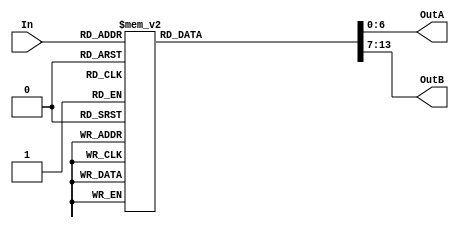
/* Decodificador  binrio para display 7 segmentos */

module decoderoutputA (In, OutA, OutB);
	input [7:0] In;
	output reg[6:0] OutA;
	output reg[6:0] OutB;


	always @(*)	
		case (In)
		   /*0 a 9 */
			8'b00000000 : begin
				OutA = ~7'b0111111;
				OutB = ~7'b0111111;
			end	
			8'b00000001 : begin
				OutA = ~7'b0000110;
				OutB = ~7'b0111111;
			end
			8'b00000010 : begin
				OutA = ~7'b1011011;
				OutB = ~7'b0111111;
			end
			8'b00000011 : begin
				OutA = ~7'b1001111;
				OutB = ~7'b0111111;
			end
			
			8'b00000100 : begin
				OutA = ~7'b1100110;
				OutB = ~7'b0111111;
			end	
			8'b00000101 : begin
				OutA = ~7'b1101101;
				OutB = ~7'b0111111;
			end
			8'b00000110 : begin
				OutA = ~7'b1111101;
				OutB = ~7'b0111111;
			end
			8'b00000111 : begin
				OutA = ~7'b0000111;
				OutB = ~7'b0111111;
			end
			
			8'b00001000 : begin
				OutA = ~7'b1111111;
				OutB = ~7'b0111111;
			end
			8'b00001001 : begin
				OutA = ~7'b1101111;
				OutB = ~7'b0111111;
			end
			
			/*10 a 19*/
			8'b00001010 : begin
				OutA = ~7'b0111111;
				OutB = ~7'b0000110;
			end	
			8'b00001011 : begin
				OutA = ~7'b0000110;
				OutB = ~7'b0000110;
			end
			8'b00001100 : begin
				OutA = ~7'b1011011;
				OutB = ~7'b0000110;
			end
			8'b00001101 : begin
				OutA = ~7'b1001111;
				OutB = ~7'b0000110;
			end
			
			8'b00001110 : begin
				OutA = ~7'b1100110;
				OutB = ~7'b0000110;
			end	
			8'b00001111 : begin
				OutA = ~7'b1101101;
				OutB = ~7'b0000110;
			end
			8'b00010000 : begin
				OutA = ~7'b1111101;
				OutB = ~7'b0000110;
			end
			8'b00010001 : begin
				OutA = ~7'b0000111;
				OutB = ~7'b0000110;
			end
			
			8'b00010010 : begin
				OutA = ~7'b1111111;
				OutB = ~7'b0000110;
			end
			8'b00010011 : begin
				OutA = ~7'b1101111;
				OutB = ~7'b0000110;
			end
			
			/*20 a 29*/
			8'b00010100 : begin
				OutA = ~7'b0111111;
				OutB = ~7'b1011011;
			end	
			8'b00010101 : begin
				OutA = ~7'b0000110;
				OutB = ~7'b1011011;
			end
			8'b00010110 : begin
				OutA = ~7'b1011011;
				OutB = ~7'b0000110;
			end
			8'b00010111 : begin
				OutA = ~7'b1001111;
				OutB = ~7'b1011011;
			end
			
			8'b00011000 : begin
				OutA = ~7'b1100110;
				OutB = ~7'b1011011;
			end	
			8'b00011001 : begin
				OutA = ~7'b1101101;
				OutB = ~7'b1011011;
			end
			8'b00011010 : begin
				OutA = ~7'b1111101;
				OutB = ~7'b1011011;
			end
			8'b00011011 : begin
				OutA = ~7'b0000111;
				OutB = ~7'b1011011;
			end
			
			8'b00011100 : begin
				OutA = ~7'b1111111;
				OutB = ~7'b1011011;
			end
			8'b00011101 : begin
				OutA = ~7'b1101111;
				OutB = ~7'b1011011;
			end
	
			/*30 a 39*/
			8'b00011110 : begin
				OutA = ~7'b0111111;
				OutB = ~7'b1001111;
			end	
			8'b00011111 : begin
				OutA = ~7'b0000110;
				OutB = ~7'b1001111;
			end
			8'b00100000 : begin
				OutA = ~7'b1011011;
				OutB = ~7'b1001111;
			end
			8'b00100001 : begin
				OutA = ~7'b1001111;
				OutB = ~7'b1001111;
			end
			
			8'b00100010 : begin
				OutA = ~7'b1100110;
				OutB = ~7'b1001111;
			end	
			8'b00100011 : begin
				OutA = ~7'b1101101;
				OutB = ~7'b1001111;
			end
			8'b00100100 : begin
				OutA = ~7'b1111101;
				OutB = ~7'b1001111;
			end
			8'b00100101 : begin
				OutA = ~7'b0000111;
				OutB = ~7'b1001111;
			end
			
			8'b00100110 : begin
				OutA = ~7'b1111111;
				OutB = ~7'b1001111;
			end
			8'b00100111 : begin
				OutA = ~7'b1101111;
				OutB = ~7'b1001111;
			end
			
			/*40 a 49*/
			8'b00101000 : begin
				OutA = ~7'b0111111;
				OutB = ~7'b1100110;
			end	
			8'b00101001 : begin
				OutA = ~7'b0000110;
				OutB = ~7'b1100110;
			end
			8'b00101010 : begin
				OutA = ~7'b1011011;
				OutB = ~7'b1100110;
			end
			8'b00101011 : begin
				OutA = ~7'b1001111;
				OutB = ~7'b1100110;
			end
			
			8'b00101100 : begin
				OutA = ~7'b1100110;
				OutB = ~7'b1100110;
			end	
			8'b00101101 : begin
				OutA = ~7'b1101101;
				OutB = ~7'b1100110;
			end
			8'b00101110 : begin
				OutA = ~7'b1111101;
				OutB = ~7'b1100110;
			end
			8'b00101111 : begin
				OutA = ~7'b0000111;
				OutB = ~7'b1100110;
			end
			
			8'b00110000 : begin
				OutA = ~7'b1111111;
				OutB = ~7'b1011011;
			end
			8'b00110001 : begin
				OutA = ~7'b1101111;
				OutB = ~7'b1011011;
			end
			
			/*50 a 59*/
			8'b00110010 : begin
				OutA = ~7'b0111111;
				OutB = ~7'b1101101;
			end	
			8'b00110011 : begin
				OutA = ~7'b0000110;
				OutB = ~7'b1101101;
			end
			8'b00110100 : begin
				OutA = ~7'b1011011;
				OutB = ~7'b1101101;
			end
			8'b00110101 : begin
				OutA = ~7'b1001111;
				OutB = ~7'b1101101;
			end
			
			8'b00110110 : begin
				OutA = ~7'b1100110;
				OutB = ~7'b1101101;
			end	
			8'b00110111 : begin
				OutA = ~7'b1101101;
				OutB = ~7'b1101101;
			end
			8'b00111000 : begin
				OutA = ~7'b1111101;
				OutB = ~7'b1101101;
			end
			8'b00111001 : begin
				OutA = ~7'b0000111;
				OutB = ~7'b1101101;
			end
			
			8'b00111010 : begin
				OutA = ~7'b1111111;
				OutB = ~7'b1101101;
			end
			8'b00111011 : begin
				OutA = ~7'b1101111;
				OutB = ~7'b1101101;
			end
			
			/*60 a 69*/
			8'b00111100 : begin
				OutA = ~7'b0111111;
				OutB = ~7'b1111101;
			end	
			8'b00111101 : begin
				OutA = ~7'b0000110;
				OutB = ~7'b1111101;
			end
			8'b00111110 : begin
				OutA = ~7'b1011011;
				OutB = ~7'b1111101;
			end
			8'b00111111 : begin
				OutA = ~7'b1001111;
				OutB = ~7'b1111101;
			end
			
			8'b01000000 : begin
				OutA = ~7'b1100110;
				OutB = ~7'b1111101;
			end	
			8'b01000001 : begin
				OutA = ~7'b1101101;
				OutB = ~7'b1111101;
			end
			8'b01000010 : begin
				OutA = ~7'b1111101;
				OutB = ~7'b1111101;
			end
			8'b01000011 : begin
				OutA = ~7'b0000111;
				OutB = ~7'b1111101;
			end
			
			8'b01000100 : begin
				OutA = ~7'b1111111;
				OutB = ~7'b1111101;
			end
			8'b01000101 : begin
				OutA = ~7'b1101111;
				OutB = ~7'b1111101;
			end
			
			/*70 a 79*/
			8'b01000110 : begin
				OutA = ~7'b0111111;
				OutB = ~7'b0000111;
			end	
			8'b01000111 : begin
				OutA = ~7'b0000110;
				OutB = ~7'b0000111;
			end
			8'b01001000 : begin
				OutA = ~7'b1011011;
				OutB = ~7'b0000111;
			end
			8'b01001001 : begin
				OutA = ~7'b1001111;
				OutB = ~7'b0000111;
			end
			
			8'b01001010 : begin
				OutA = ~7'b1100110;
				OutB = ~7'b0000111;
			end	
			8'b01001011 : begin
				OutA = ~7'b1101101;
				OutB = ~7'b0000111;
			end
			8'b01001100 : begin
				OutA = ~7'b1111101;
				OutB = ~7'b0000111;
			end
			8'b01001101 : begin
				OutA = ~7'b0000111;
				OutB = ~7'b0000111;
			end
			
			8'b01001110 : begin
				OutA = ~7'b1111111;
				OutB = ~7'b0000111;
			end
			8'b01001111 : begin
				OutA = ~7'b1101111;
				OutB = ~7'b0000111;
			end
			
			/*80 a 89*/
			8'b01010000 : begin
				OutA = ~7'b0111111;
				OutB = ~7'b1111111;
			end	
			8'b01010001 : begin
				OutA = ~7'b0000110;
				OutB = ~7'b1111111;
			end
			8'b01010010 : begin
				OutA = ~7'b1011011;
				OutB = ~7'b1111111;
			end
			8'b01010011 : begin
				OutA = ~7'b1001111;
				OutB = ~7'b1111111;
			end
			
			8'b01010100 : begin
				OutA = ~7'b1100110;
				OutB = ~7'b1111111;
			end	
			8'b01010101 : begin
				OutA = ~7'b1101101;
				OutB = ~7'b1111111;
			end
			8'b01010110 : begin
				OutA = ~7'b1111101;
				OutB = ~7'b1111111;
			end
			8'b01010111 : begin
				OutA = ~7'b0000111;
				OutB = ~7'b1111111;
			end
			
			8'b01011000 : begin
				OutA = ~7'b1111111;
				OutB = ~7'b1111111;
			end
			8'b01011001 : begin
				OutA = ~7'b1101111;
				OutB = ~7'b1111111;
			end
	
			/*-1 a -9 */
			8'b11111111 : begin
				OutA = ~7'b0000110;
				OutB = ~7'b1000000;
			end	
			8'b11111110 : begin
				OutA = ~7'b1011011;
				OutB = ~7'b1000000;
			end
			8'b11111101 : begin
				OutA = ~7'b1001111;
				OutB = ~7'b1000000;
			end
			8'b11111100 : begin
				OutA = ~7'b1100110;
				OutB = ~7'b1000000;
			end
			
			8'b11111011 : begin
				OutA = ~7'b1101101;
				OutB = ~7'b1000000;
			end	
			8'b11111010 : begin
				OutA = ~7'b1111101;
				OutB = ~7'b1000000;
			end
			8'b11111001 : begin
				OutA = ~7'b0000111;
				OutB = ~7'b1000000;
			end
			8'b11111000 : begin
				OutA = ~7'b1111111;
				OutB = ~7'b1000000;
			end
			
			8'b11110111 : begin
				OutA = ~7'b1101111;
				OutB = ~7'b1000000;
			end
			
			
			default : begin 
				OutA = ~7'b0000000;
				OutB = ~7'b0000000;
			end
		endcase
		
endmodule